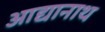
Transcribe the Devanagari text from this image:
आद्यानाथ